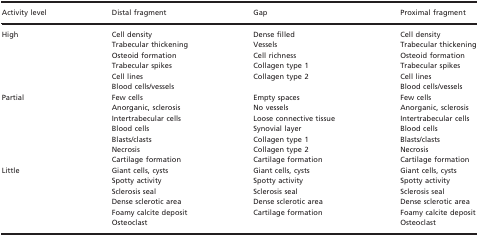
| Activity level | Distal fragment | Gap | Proximal fragment |
 | --- | --- | --- | --- |
 | <ROWSPAN=6> High | Cell density | Dense filled | Cell density |
 | Trabecular thickening | Vessels | Trabecular thickening |
 | Osteoid formation | Cell richness | Osteoid formation |
 | Trabecular spikes | Collagen type 1 | Trabecular spikes |
 | Cell lines | Collagen type 2 | Cell lines |
 | Blood cells/vessels |  | Blood cells/vessels |
 | <ROWSPAN=7> Partial | Few cells | Empty spaces | Few cells |
 | Anorganic, sclerosis | No vessels | Anorganic, sclerosis |
 | Intertrabecular cells | Loose connective tissue | Intertrabecular cells |
 | Blood cells | Synovial layer | Blood cells |
 | Blasts/clasts | Collagen type 1 | Blasts/clasts |
 | Necrosis | Collagen type 2 | Necrosis |
 | Cartilage formation | Cartilage formation | Cartilage formation |
 | <ROWSPAN=6> Little | Giant cells, cysts | Giant cells, cysts | Giant cells, cysts |
 | Spotty activity | Spotty activity | Spotty activity |
 | Sclerosis seal | Sclerosis seal | Sclerosis seal |
 | Dense sclerotic area | Dense sclerotic area | Dense sclerotic area |
 | Foamy calcite deposit | Cartilage formation | Foamy calcite deposit |
 | Osteoclast |  | Osteoclast |